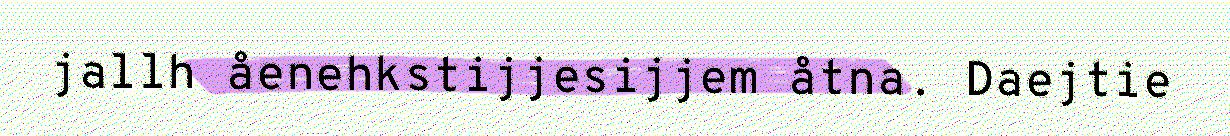
jallh åenehkstijjesijjem åtna. Daejtie